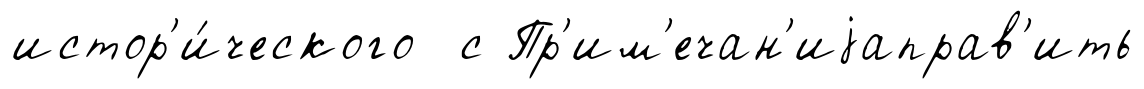
истор'и́ческого с Пр'им'ечан'иjаправ'ить